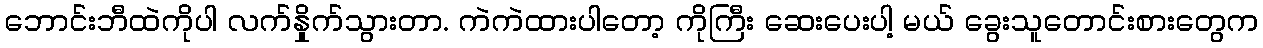
ဘောင်းဘီထဲကိုပါ လက်နှိုက်သွားတာ. ကဲကဲထားပါတော့ ကိုကြီး ဆေးပေးပါ့ မယ် ခွေးသူတောင်းစားတွေက